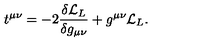
t ^ { \mu \nu } = - 2 { \frac { \delta { \cal L } _ { L } } { \delta g _ { \mu \nu } } } + g ^ { \mu \nu } { \cal L } _ { L } .